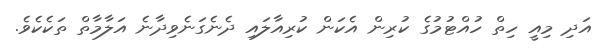
އަދި މިއީ ހިތް ހުއްޓުމުގެ ކުރިން އެކަން ކުރިއާލައި ދެނެގަނެވިދާނެ އަލާމާތް ތަކެކެވެ.